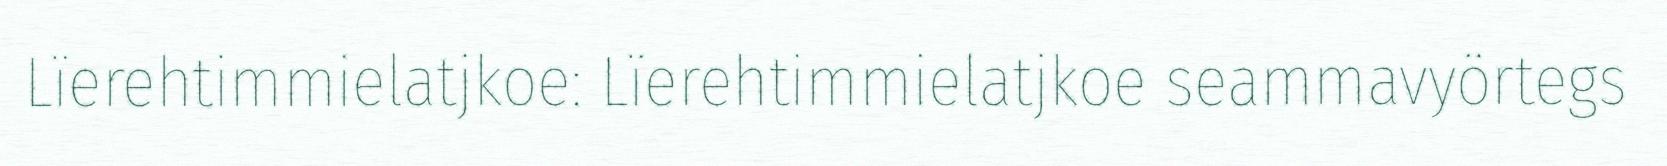
Lïerehtimmielatjkoe: Lïerehtimmielatjkoe seammavyörtegs